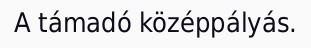
A támadó középpályás.